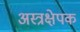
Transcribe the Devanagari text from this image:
अस्त्रक्षेपक